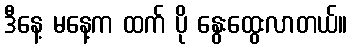
ဒီနေ့ မနေ့က ထက် ပို နွေးထွေးလာတယ်။